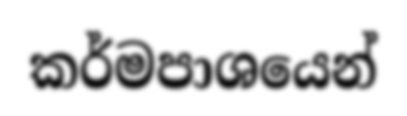
කර්මපාශයෙන්